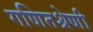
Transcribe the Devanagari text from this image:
गणितश्रेणी